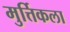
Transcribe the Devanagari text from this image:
मुर्त्तिकला